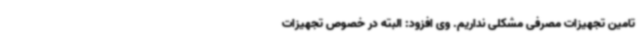
تامین تجهیزات مصرفی مشکلی نداریم. وی افزود: البته در خصوص تجهیزات